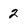
Character: 2